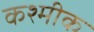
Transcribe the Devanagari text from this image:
कश्मीक